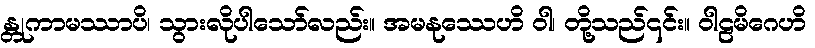
န္တုကာမဿာပိ၊ သွားလိုပါသော်လည်း။ အမနုဿေဟိ ဝါ၊ တို့သည်၎င်း။ ဝါဠမိဂေဟိ